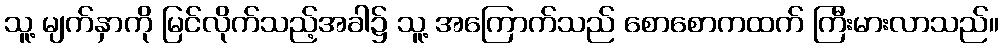
သူ့ မျက်နှာကို မြင်လိုက်သည့်အခါ၌ သူ့ အကြောက်သည် စောစောကထက် ကြီးမားလာသည်။